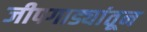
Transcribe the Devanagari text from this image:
जीपगाड्यांतून